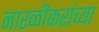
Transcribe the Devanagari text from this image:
नारळीकरांच्या